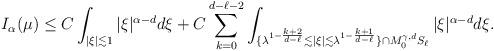
LaTeX: \begin{align*} & I_{\alpha}(\mu) \leq C\int_{|\xi|\lesssim 1} |\xi|^{\alpha-d} d\xi + C \sum_{k=0}^{d-\ell-2} \int_{\{\lambda^{1-\frac{k+2}{d-\ell}} \lesssim |\xi|\lesssim \lambda^{1-\frac{k+1}{d-\ell}}\}\cap M_0^{\gamma,d} S_{\ell}} |\xi|^{\alpha-d} d\xi. \end{align*}